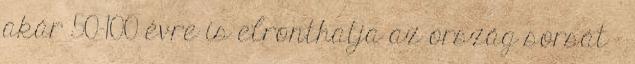
akár 50-100 évre is elronthatja az ország sorsát -